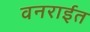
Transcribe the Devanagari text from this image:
वनराईत